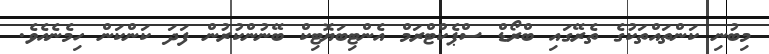
މިބުނި ކަންތައްތަކުގެ ތެރޭގައި ބްރޯޑް ސްޕެކްޓްރަމް އެންޓިބަޔޮޓިކް ބޭނުންކުރުން ފަދަ ކަންކަން ހިމެނެއެވެ.